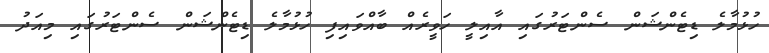
ހުޅުމާލެ ޑިޓެންޝަން ސެންޓަރުގައި އާއިލީ ހަވީރެއް ބާއްވައިފި ހުޅުމާލެ ޑިޓެންޝަން ސެންޓަރުގައި މިއަދު